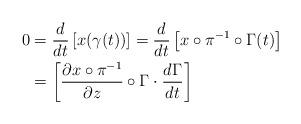
LaTeX: \begin{align*} 0 & = \frac{d}{dt} \left[x(\gamma(t)) \right] = \frac{d}{dt} \left[ x \circ \pi^{-1} \circ \Gamma(t) \right] \\ & = \left[ \frac{\partial x \circ \pi^{-1}}{\partial z} \circ \Gamma \cdot \frac{d \Gamma}{dt} \right] \end{align*}